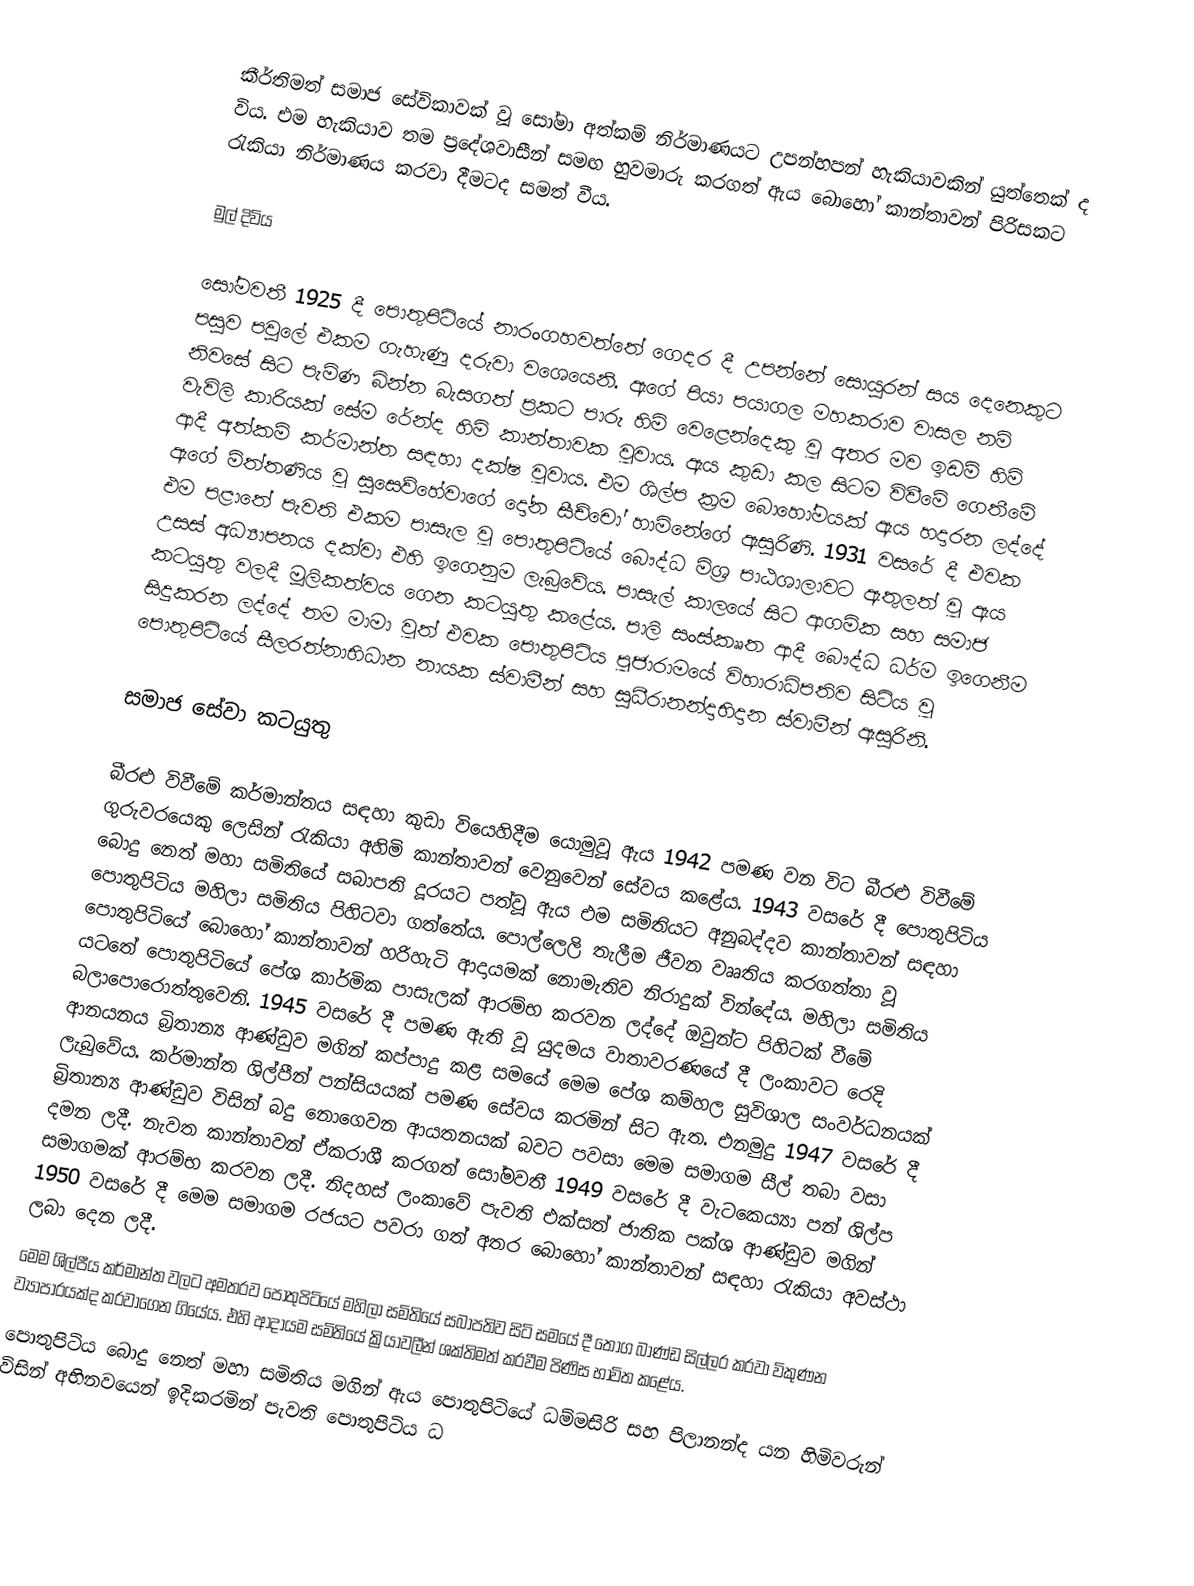
කීර්තිමත් සමාජ සේවිකාවක් වූ සෝමා අත්කම් නිර්මාණයට උපන්හපන් හැකියාවකින් යුත්තෙක් ද විය. එම හැකියාව තම ප්‍රදේශවාසීන් සමඟ හුවමාරු කරගත් ඇය බොහෝ කාන්තාවන් පිරිසකට රැකියා නිර්මාණය කරවා දීමටද සමත් වීය.

මුල් දිවිය

සෝමවතී 1925 දී පොතුපිටියේ නාරංගහවත්තේ ගෙදර දී උපන්නේ සොයුරන් සය දෙනෙකුට පසුව පවුලේ එකම ගැහැණු දරුවා වශෙයෙනි. ඇගේ පියා පයාගල මහකරාව වාසල නම් නිවසේ සිට පැමිණ බින්න බැසගත් ප්‍රකට පාරු හිමි වෙළෙන්දෙකු වූ අතර මව ඉඩම් හිමි වැවිලි කාරියක් සේම රේන්ද හිමි  කාන්තාවක වූවාය. ඇය කුඩා කල සිටම විවීමේ ගෙතීමේ ආදී අත්කම් කර්මාන්ත සඳහා දක්ෂ වූවාය. එම ශිල්ප ක්‍රම බොහෝමයක් ඇය හදාරන ලද්දේ ඇගේ මිත්තණිය වූ සුසෙව්හේවාගේ දෝන සීච්චෝ හාමිනේගේ ඇසුරිණි. 1931 වසරේ දී එවක එම පළාතේ පැවති එකම පාසැල වූ පොතුපිටියේ බෞද්ධ මිශ්‍ර පාඨශාලාවට ඇතුලත් වූ ඇය උසස් අධ්‍යාපනය දක්වා එහි ඉගෙනුම ලැබුවේය. පාසැල් කාලයේ සිට ආගමික සහ සමාජ කටයුතු වලදී මූලිකත්වය ගෙන කටයුතු කළේය. පාලි සංස්කෲත ආදී බෞද්ධ ධර්ම ඉගෙනීම සිදුකරන ලද්දේ තම මාමා වූත් එවක පොතුපිටිය පූජාරාමයේ විහාරාධිපතිව සිටිය වූ පොතුපිටියේ සීලරත්නාභිධාන නායක ස්වාමීන් සහ සුධීරානන්දාභිදාන ස්වාමීන් ඇසුරිනි.

සමාජ සේවා කටයුතු

බීරළු විවීමේ කර්මාන්තය සඳහා කුඩා වියෙහිදීම යොමුවූ ඇය 1942 පමණ වන විට බීරළු විවීමේ ගුරුවරයෙකු ලෙසින් රැකියා අහිමි කාන්තාවන් වෙනුවෙන් සේවය කළේය. 1943 වසරේ දී පොතුපිටිය බොදු නෙත් මහා සමිතියේ සබාපති දූරයට පත්වූ ඇය එම සමිතියට අනුබද්දව කාන්තාවන් සඳහා පොතුපිටිය මහිලා සමිතිය පිහිටවා ගත්තේය. පොල්ලෙලි තැලීම ජීවන වෲතිය කරගත්තා වූ පොතුපිටියේ බොහෝ කාන්තාවන් හරිහැටි ආදායමක් නොමැතිව නිරාදුක් වින්දේය. මහිලා සමිතිය යටතේ පොතුපිටියේ  පේශ කාර්මික පාසැලක් ආරම්භ කරවන ලද්දේ ඔවුන්ට පිහිටක් වීමේ බලාපොරොත්තුවෙනි. 1945 වසරේ දී පමණ ඇති වූ යුදමය වාතාවරණයේ දී ලංකාවට රෙදි ආනයනය බ්‍රිතාන්‍ය ආණ්ඩුව මගින් කප්පාදු කළ සමයේ මෙම පේශ කම්හල සුවිශාල සංවර්ධනයක් ලැබුවේය. කර්මාන්ත ශිල්පීන් පන්සියයක් පමණ සේවය කරමින් සිට ඇත. එනමුදු 1947 වසරේ දී බ්‍රිතාන්‍ය ආණ්ඩුව විසින් බදු නොගෙවන ආයතනයක් බවට පවසා මෙම සමාගම සීල් තබා වසා දමන ලදී. නැවත කාන්තාවන් ඒකරාශී කරගත් සෝමවතී 1949 වසරේ දී වැටකෙය්‍යා පන් ශිල්ප සමාගමක් ආරම්භ කරවන ලදී. නිදහස් ලංකාවේ පැවති එක්සත් ජාතික පක්ශ ආණ්ඩුව මගින් 1950 වසරේ දී මෙම සමාගම රජයට පවරා ගත් අතර බොහෝ කාන්තාවන් සඳහා රැකියා අවස්ථා ලබා දෙන ලදී.
මෙම ශිල්පීය කර්මාන්ත වලට අමතරව පොතුපිටියේ මහිලා සමිතියේ සබාපතිව සිටි සමයේ දී තොග බාණ්ඩ සිල්ලර කරවා විකුණන ව්‍යාපාරයක්ද කරවාගෙන ගියේය. එහි ආදායම සමිතියේ ක්‍රියාවලීන් ශක්තිමත් කරවීම පිණිස භාවිත කළේය.
පොතුපිටිය බොදු නෙත් මහා සමිතිය මගින් ඇය පොතුපිටියේ ධම්මසිරි සහ පිලානන්ද යන හිමිවරුන් විසින් අභිනවයෙන් ඉදිකරමින් පැවති පොතුපිටිය ධ